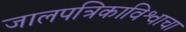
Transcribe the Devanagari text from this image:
जालपत्रिकाविश्वाचा